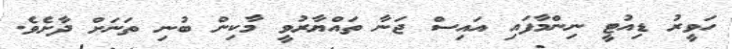
ހަވީރު ޑިއުޓީ ނިންމާފައި އައިސް ޖަނާ ތައްޔާރުވީ މާކިން ބުނި ތަނަށް ދާށެވެ.